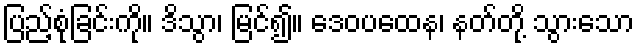
ပြည့်စုံခြင်းကို။ ဒိသွာ၊ မြင်၍။ ဒေဝပထေန၊ နတ်တို့ သွားသော